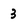
Character: 3